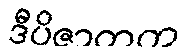
ဒီပိဇာတက